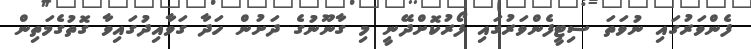
ފެންވަރުގައި ނުވަތަ ސިޓީފެންވަރުގައި ފޯރުކޮށްދޭނީ މި ގާނޫނުގެ ދަށުން ހަދާ ގަވާއިދުގައިވާ ގޮތުގެމަތިން